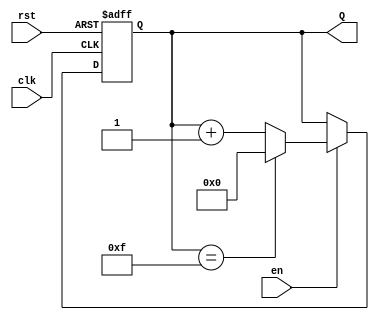
module UpCounter #(
    parameter N = 4 // Number of bits in the counter
)(
    input wire clk,         // Clock signal
    input wire rst,         // Asynchronous reset signal
    input wire en,          // Enable signal
    output reg [N-1:0] Q    // N-bit counter output
);

    // Always block triggered on the rising edge of the clock
    always @(posedge clk or posedge rst) begin
        if (rst) begin
            // Asynchronous reset: set counter to 0
            Q <= 0;
        end else if (en) begin
            // Increment counter
            Q <= Q + 1;

            // Wrap-around behavior (you can choose to implement this in a different way)
            if (Q == {N{1'b1}}) begin
                Q <= 0; // Reset to 0 when maximum value is reached
            end
        end
    end

endmodule